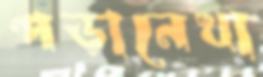
পড়ানেখা